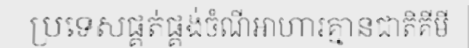
ប្រទេសផ្គត់ផ្គង់ចំណីអាហារគ្មានជាតិគីមី